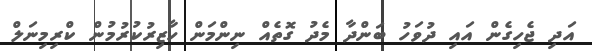
އަދި ޖެހިގެން އައި ދުވަހު ބަންދާ މެދު ގޮތެއް ނިންމަން ހާޒިރުކުރުމުން ކްރިމިނަލް